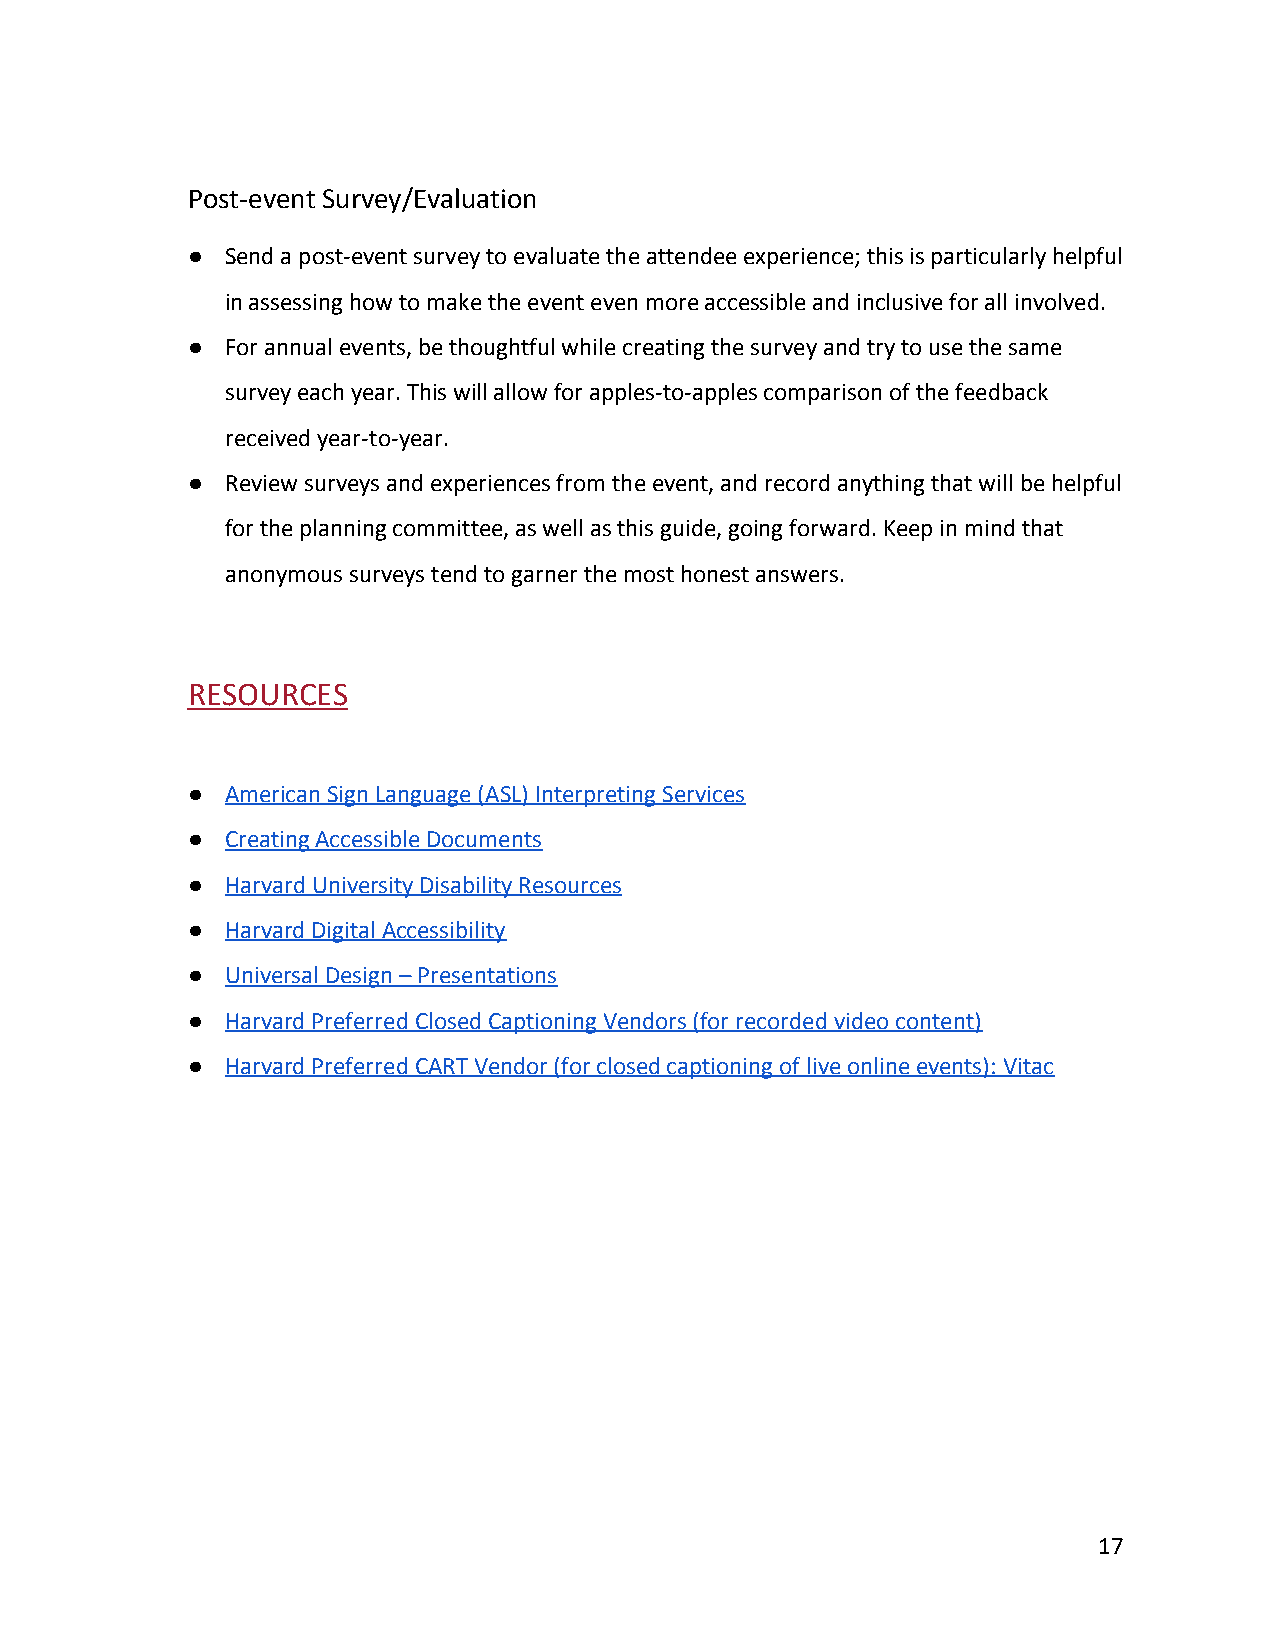
Post-event Survey/Evaluation
 ●  Send a post-event survey to evaluate the attendee experience; this is particularly helpful
 in assessing how to make the event even more accessible and inclusive for all involved.
 ●  For annual events, be thoughtful while creating the survey and try to use the same
 survey each year. This will allow for apples-to-apples comparison of the feedback
 received year-to-year.
 ●  Review surveys and experiences from the event, and record anything that will be helpful
 for the planning committee, as well as this guide, going forward. Keep in mind that
 anonymous surveys tend to garner the most honest answers.
 RESOURCES
 ●  American Sign Language (ASL) Interpreting Services
 ●  Creating Accessible Documents
 ●  Harvard University Disability Resources
 ●  Harvard Digital Accessibility
 ●  Universal Design – Presentations
 ●  Harvard Preferred Closed Captioning Vendors (for recorded video content)
 ●  Harvard Preferred CART Vendor (for closed captioning of live online events): Vitac
 17